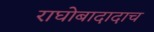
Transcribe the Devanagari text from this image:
राघोबादादाच